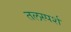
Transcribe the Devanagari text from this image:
तलस्पर्श